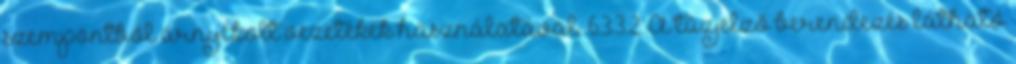
szempontból árnyékolt vezetékek használatával. 6.3.3.2. A tûzjelzõ berendezés látható